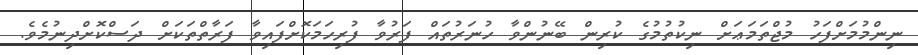
ނިންމުމަށްފަހު މުޖްތަމަޢަށް ނިކުތުމުގެ ކުރިން ބޭނުންވާ ހުނަރުތައް ފަރުވާ ފުރިހަމަކޮށްފައިވާ ފަރާތްތަކަށް ދަސްކޮށްދިނުމެވެ.